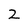
Character: 2